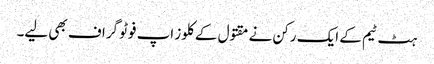
ہٹ ٹیم کے ایک رکن نے مقتول کے کلوز اپ فوٹو گراف بھی لیے۔